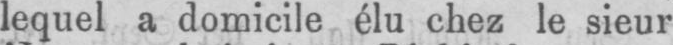
lequel a domicile élu chez le sieur